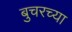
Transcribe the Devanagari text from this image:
बुचरच्या